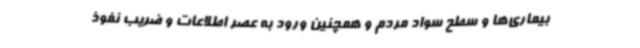
بیماری‌ها و سطح سواد مردم و همچنین ورود به عصر اطلاعات و ضریب نفوذ